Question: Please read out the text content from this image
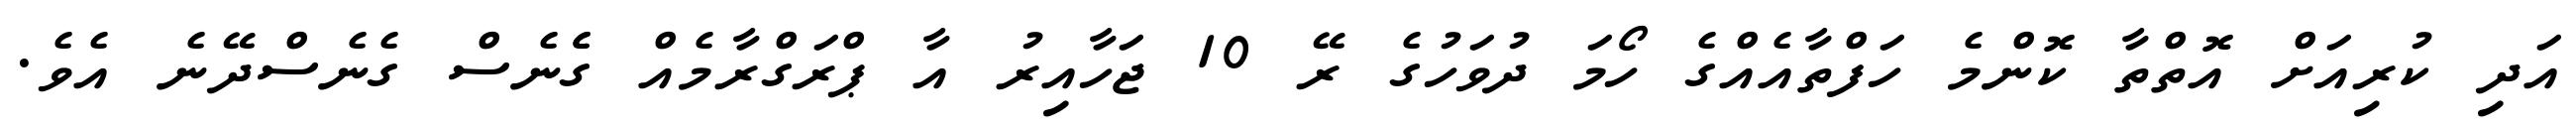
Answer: އަދި ކުރިއަށް އޮތްތާ ކޮންމެ ހަފްތާއެއްގެ ހޯމަ ދުވަހުގެ ރޭ 10 ޖަހާއިރު އާ ޕްރަގްރާމެއް ގެެނެސް ގެނެސްދޭނެ އެވެ.